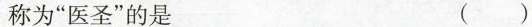
称为”医圣”的是 ( )